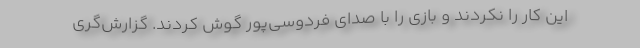
این کار را نکردند و بازی را با صدای فردوسی‌پور گوش کردند. گزارش‌گری